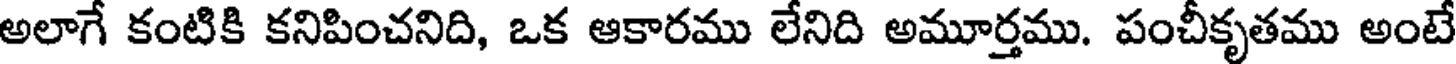
అలాగే కంటికి కనిపించనిది, ఒక ఆకారము లేనిది అమూర్తము. పంచీకృతము అంటే